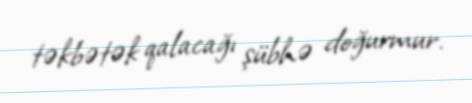
təkbətək qalacağı şübhə doğurmur.